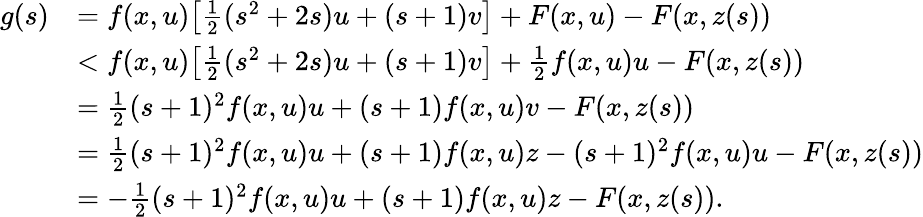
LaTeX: \begin{array}{rl}{g(s)}&{=f(x,u)\big[\frac{1}{2}(s^{2}+2s)u+(s+1)v\big]+F(x,u)-F(x,z(s))}\\ &{<f(x,u)\big[\frac{1}{2}(s^{2}+2s)u+(s+1)v\big]+\frac{1}{2}f(x,u)u-F(x,z(s))}\\ &{=\frac{1}{2}(s+1)^{2}f(x,u)u+(s+1)f(x,u)v-F(x,z(s))}\\ &{=\frac{1}{2}(s+1)^{2}f(x,u)u+(s+1)f(x,u)z-(s+1)^{2}f(x,u)u-F(x,z(s))}\\ &{=-\frac{1}{2}(s+1)^{2}f(x,u)u+(s+1)f(x,u)z-F(x,z(s)).}\end{array}